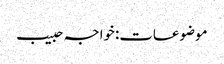
موضوعات:خواجہ حبیب